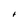
Character: t